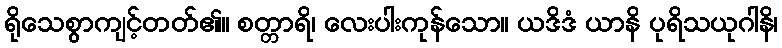
ရိုသေစွာကျင့်တတ်၏။ စတ္တာရိ၊ လေးပါးကုန်သော။ ယဒိဒံ ယာနိ ပုရိသယုဂါနိ၊